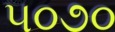
૫૦૭૦